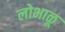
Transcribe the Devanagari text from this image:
लोभाळू